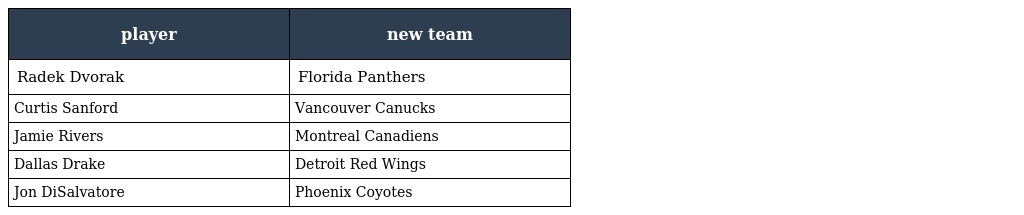
| player | new team |
 | --- | --- |
 | Radek Dvorak | Florida Panthers |
 | Curtis Sanford | Vancouver Canucks |
 | Jamie Rivers | Montreal Canadiens |
 | Dallas Drake | Detroit Red Wings |
 | Jon DiSalvatore | Phoenix Coyotes |